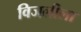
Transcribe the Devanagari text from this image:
विजलीला